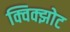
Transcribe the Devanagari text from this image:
क्विक्झोट